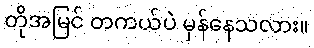
တိုအမြင် တကယ်ပဲ မှန်နေသလား။